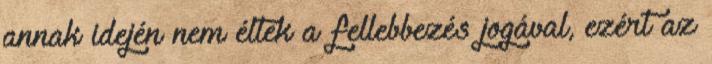
annak idején nem éltek a fellebbezés jogával, ezért az